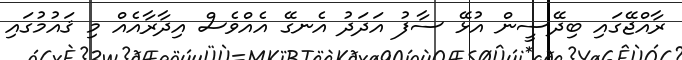
ރާއްޖޭގައި ބިދޭސީން އުޅޭ ސާފު އަދަދު އެނގޭ އެއްވެސް އިދާރާއެއް މި ޤައުމުގައި